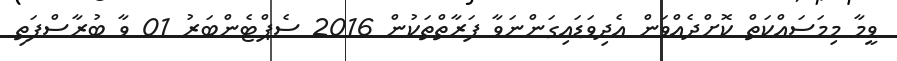
ވީމާ މިމަސައްކަތް ކޮށްދެއްވަން އެދިވަޑައިގަންނަވާ ފަރާތްތަކުން 2016 ސެޕްޓެންބަރު 01 ވާ ބުރާސްފަތި